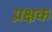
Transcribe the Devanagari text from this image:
प्रक्षक